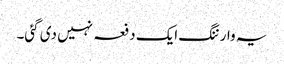
یہ وارننگ ایک دفعہ نہیں دی گئی۔